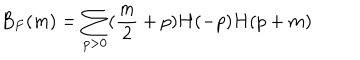
B _ { F } ( m ) = \sum _ { p > 0 } ( \frac { m } { 2 } + p ) H ( - p ) H ( p + m )